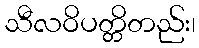
သီလဝိပတ္တိတည်း၊